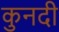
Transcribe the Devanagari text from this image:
कुनदी